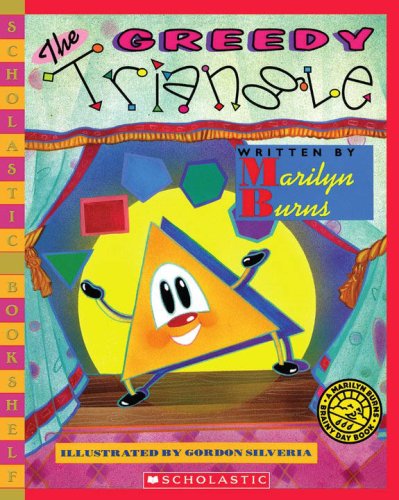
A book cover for The Greedy Triangle (Scholastic Bookshelf); Marilyn Burns; Children's Books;